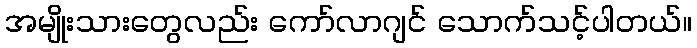
အမျိုးသားတွေလည်း ကော်လာဂျင် သောက်သင့်ပါတယ်။